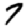
Digit: 7